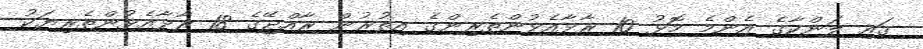
ގައި ލަންކާގެ އެންމެ މޮޅު 10 ރާޅާއެޅުންތެރިންގެ އިތުރުން ރާއްޖޭގެ 18 ރާޅާއެޅުންތެރިޔަކު